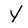
Character: Y